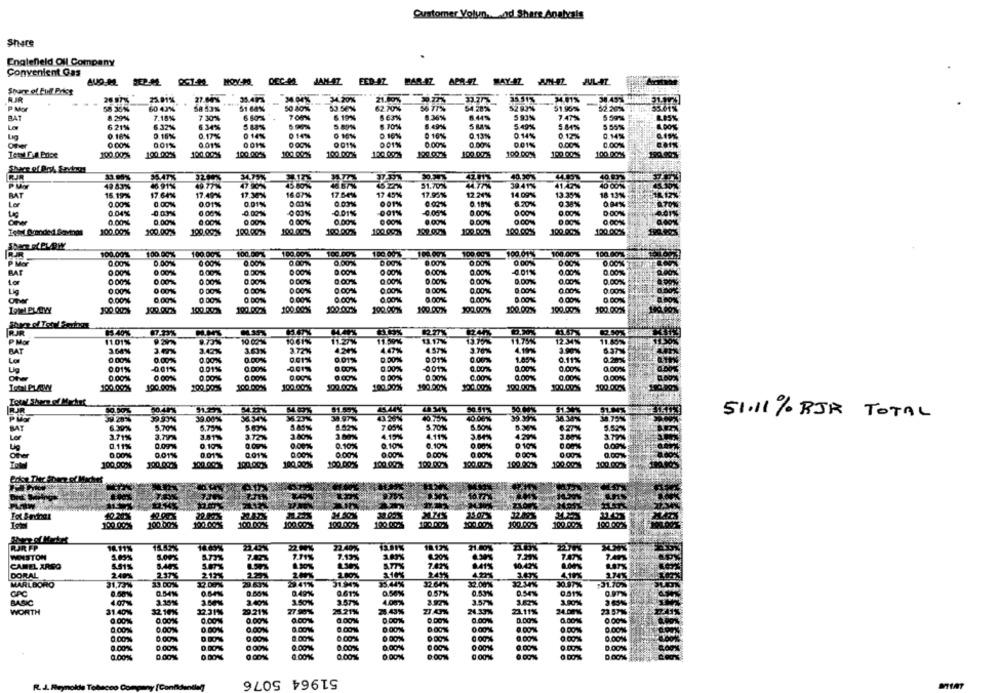
Customer Yolun. od Share Anatcals
Share
Englefield Oil Company
Convenient Gas
FED-AZ HAR.AZ
APR-42.
MAY-47
Spuer of Full Price
26 97%
27.80%
34.20%
25.91%
35.413
34.04%
21.80%
33.77%
38.43%
58 36%
60 43%
58 53%
51 64%
50 80%
53.56%
62.70%
56 77%
54.28%
52 93%
51.95%
52.29%
BAT
8 29%
7.18%
7 30%
6 50%
7.00%
6.19%
6 63%
6.36%
6.44%
5 93%
7.47%
5 59%%
8 70%
8.499%
Su%
5.49%
5.84%
6 21%
6.32%
6.34%
5.90%
5.89%
5 55%
0.16%
0.16%
0.17%
0 14%
0 14%
0.10%
0 16%
0.13%
0.14%
0.12%
0.14%
0.00%
001%
0.01%
001%
001%
001%
0.00%
0.00%
001%
0.00%%
0.00%
100.00%
100.000S
100 00%
100 00%
100.00%
100 00%
100.000%
100.00%
100.00%
33.00%
3200%
40,90%
49 83%
46.91%
49.77%
47.90%
45 80%
51.70%
44.77%
39 41%%
41.47%
40 001%
15.19%
17.64%
17,49%
17.30%
16.07%
17.64%
17 45%
17.93%
12.24%
14 09%
13.35%
18 13%
BAT
Ler
0.00%
0.00%
0.01%
0.01%
0.03%
001%
0.00%
0.15%
6 20%
0.38%
Leg
0.04%
0.03%
0.00%
-0.00%
-0.01%
001%
0.00%
0.00%
0.00%
0.00%
0.00 %
0.00%
0.00%
0 00%
0.00%
0.00%
0.00%%
O CON
0.00%
Intel Branded Sovinas
100.00%
100.00%
100.00%
100.00%
100.005
100.00%
100 092
199 00.4
100.08.
100.00.
100.00%
100.001
100. 00%
100.00%
100.00 %
100.00%
1100. 00%
100.00%
100.00
100.01%
100.00%
100.00%
0.00%%
0.00%
0 00%
0.00%
0.00%
0.00%
0 00%
BAT
0.00%
0.00%
0.00%
0.00%
0.00%
0.01%
0.00%
0.00%%
Ler
0 00%
0.00%
0.00%
0 00%%
0 00%
0.00%
0 00%
0.00%
0.00%
0.00%
0.00%
0.00%
0 00%
0 00%%
0:00%
0 00%
0.00%
0.00%
0.00%
0.00%
0.00%
0.00%
0.00%
O DON
0.00%
0.00%
0.00%%
100.00.3
100.000%
100 093
100.00.3
100.00%
100.00%
100.00%
100.00%%
100.00%%
100.00%
100.00%
100.00%
RUR
85-40%
87.23%
9.73%
10 0 %
10 61%
11.27%
11.50%
13.70%%
11.75%
12:34%
P Mor
11.01%
13.17%
11.60%
BAT
3.00%
3.47%
3.42%
3.63%
372%
4.24%
4.57%
3.70%
4.19ms
3.90%
637N
0.00%
0.00%
0.00%
0.00%
0.91%
0.01%
0 01%
1.05%%
0.11%
0.28%
0.00%
0.00%
Up
0.01%
-0.01%
0.01%
0.00%
001%
0.00%%
0.00%
0.00%
0.00%
0.00%
0.00%
0.00%
0.00%
0.00%
0.00%%
0.00%
100.00%
100.00%
100 00%
100.00%
100.00%
100.00%
100.00%
100.003
100.000
Total Shern of Macht
BUR
91.59%
45.44%
50.51%
JU 28%
30.001%
3334%
36.23%
34 97%
43 35%
40.75%
40.06%
39.39-%
51.11% RJR TOTAL
BAT
5.70%
5.75%
5.85%
7.05%
5.70%
Lor
3.71%
3.79%
3.51%
3.72%
3.80%%
3.00%
4.15%
4.11%
3.04%
3.00%
0.10%
0.10%
0.10%
0.10%
0.00%
0 10%
0.11%
0.090%
0.09%
0.00%
0.01%
0.01%
0.01%%
0.00%
0.00%%
0.00%
100.000%
100.000S
100.000%
100.00%
100 00%
100 0122
100.00.
109.2435
199.00.
100.00.
24.50%
30.02%
32.02%
24.253
109 00%
100.00%
100.00%
100.00%%
100.00.
100.00%
100.00%
100.00.%
200.00%
100.00.3
100.002%
100.00%
BUR FP
18.11%
18.52%
2242%
22 N%
22.40%
1812%
21.80%
WEISTON
7.71%
1.03%
5.00%
7.13%
8.20%
7.29%
CAMEL ARGO
5.51%
1.90%
2.30%
S.TTX
7.42%
10.42%
DORAL
249%
2.37
1.00%
249%
2.121
29.41%
3234%
MARLBORO
31,73%
33.00%
32.00%
29.63%
31.34%
35.44%
32 64%
CAC
0.00%%
0.54%
0.54%
0.49%
0.61%
0.56%%
0.57%
0.53%
0.54%
BASIC
4.07%
3.35%
2.40%
1.50%%
3.57%%
4.00%%
3.5774
3.00%
WORTH
31.40%
32 10%
22.31%
29.21%
27.90%
28.43%
ZI.A3%
24.33%%
0 .00%%
0.00%
0.00%
0.001%
0.00%
0.00%%
0.00%
0.00%
0.00%
0.00%%
0.00%%
0.00%
0.00%
0 00%
0.00
0.00%
0.00%
0.00%
0 00%
0.00%
000%
.00%
0.00%
8.00%
0.00%%
0.00%
0.00%%
0.00%
0.00%
51964 5076